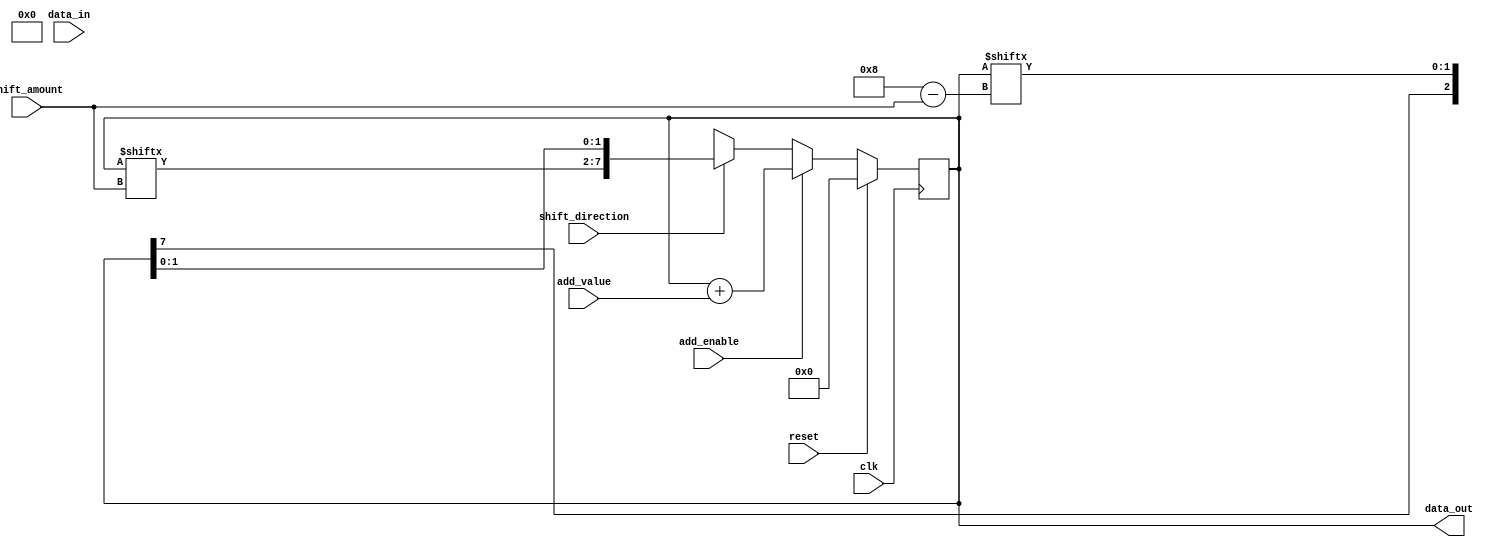
module shift_add_register (
    input wire clk,
    input wire reset,
    input wire shift_direction,
    input wire [2:0] shift_amount,
    input wire [7:0] data_in,
    input wire add_enable,
    input wire [7:0] add_value,
    output reg [7:0] data_out
);

reg [7:0] shift_reg;

always @(posedge clk) begin
    if (reset) begin
        shift_reg <= 8'b0;
    end else begin
        if (shift_direction) begin
            shift_reg <= {shift_reg[7:shift_amount], shift_reg[shift_amount-1:0]};
        end else begin
            shift_reg <= {shift_reg[(8-shift_amount):7], shift_reg[7:(8-shift_amount)]};
        end
        
        if (add_enable) begin
            shift_reg <= shift_reg + add_value;
        end
    end
end

assign data_out = shift_reg;

endmodule